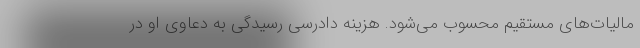
مالیات‌های مستقیم محسوب می‌شود. هزینه دادرسی رسیدگی به دعاوی او در